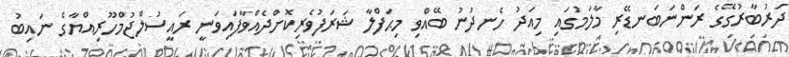
ދަރުބާރުގޭގެ ރަންނަބަނޑޭރި މާލަމުގައި މިއަދު ހެނދުނު ބޭއްވި މިޙަފްލާ ޝަރަފުވެރިކޮށްދެއްވާފައިވަނީ ރައީސުލްޖުމްހޫރިއްޔާގެ ނައިބު